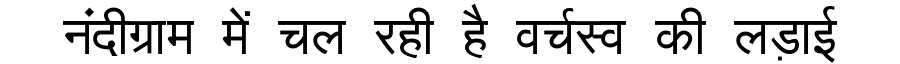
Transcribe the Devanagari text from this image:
नंदीग्राम में चल रही है वर्चस्व की लड़ाई